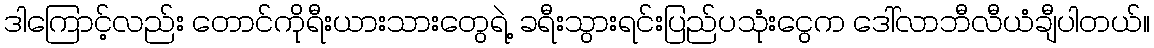
ဒါကြောင့်လည်း တောင်ကိုရီးယားသားတွေရဲ့ ခရီးသွားရင်းပြည်ပသုံးငွေက ဒေါ်လာဘီလီယံချီပါတယ်။